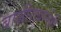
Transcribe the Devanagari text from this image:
बाजीरावानेही